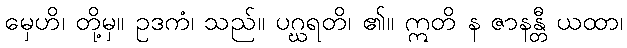
မှေဟိ၊ တို့မှ။ ဥဒကံ၊ သည်။ ပဂ္ဃရတိ၊ ၏။ ဣတိ န ဇာနန္တီ ယထာ၊